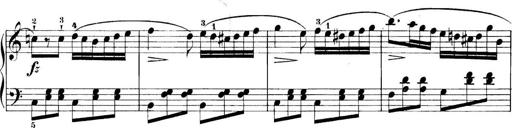
Title: 11 Sonatinas
Composer: Anton Diabelli